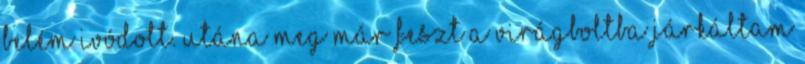
belém ivódott. Utána meg már feszt a virágboltba járkáltam